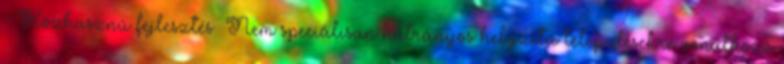
- Közhasznú fejlesztés ▪Nem speciálisan hátrányos helyzetű településekre vonatkozó